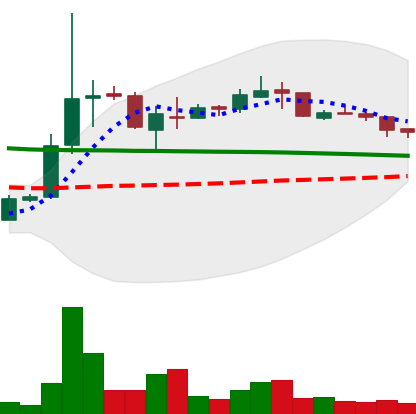
Ticker: XRP-USD
Chart end date: 2018-10-07
Forward return: -13.054%
Label: down_7plus